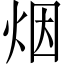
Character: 烟